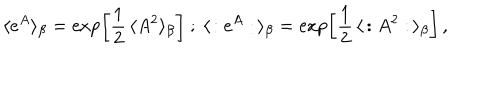
\langle e ^ { A } \rangle _ { \beta } = \exp \left[ \frac { 1 } { 2 } \, \langle A ^ { 2 } \rangle _ { \beta } \right] \ ; \ \langle \, : e ^ { A } : \, \rangle _ { \beta } = \exp \left[ \frac { 1 } { 2 } \, \langle \, : A ^ { 2 } : \, \rangle _ { \beta } \right] \, ,